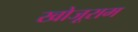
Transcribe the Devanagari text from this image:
खोजूराम